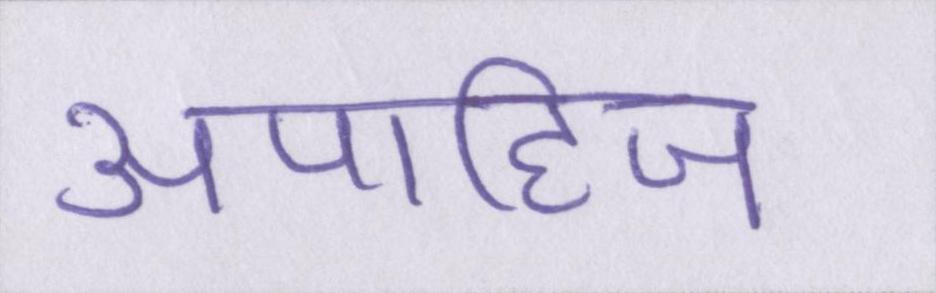
अपाहिज